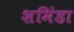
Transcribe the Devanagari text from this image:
शमिंडा